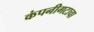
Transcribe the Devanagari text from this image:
कंपनीगटाचा